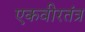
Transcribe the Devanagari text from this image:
एकवीरतंत्र